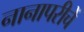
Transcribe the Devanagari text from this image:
नानापरीचें